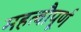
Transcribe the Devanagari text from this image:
महत्वौपूर्ण